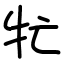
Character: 牤